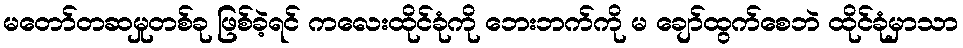
မတော်တဆမှုတစ်ခု ဖြစ်ခဲ့ရင် ကလေးထိုင်ခုံကို ဘေးဘက်ကို မ ချော်ထွက်စေဘဲ ထိုင်ခုံမှာသာ